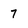
Character: 7